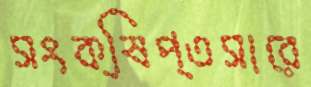
সংক্ষিপ্তসারে